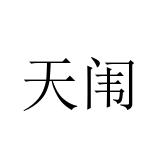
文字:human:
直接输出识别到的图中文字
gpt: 天闱